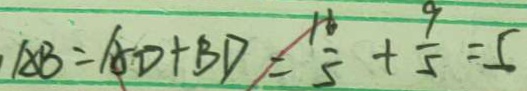
A B = A D + B D = \frac { 1 6 } { 5 } + \frac { 9 } { 5 } = 5